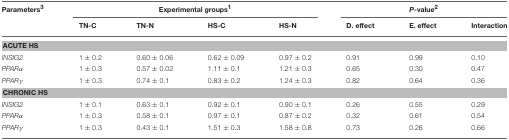
<table><thead><tr><td><b>Parameters<sup>3</sup></b></td><td colspan="4"><b>Experimental groups<sup>1</sup></b></td><td colspan="3"><b><i>P</i>-value<sup>2</sup></b></td></tr><tr><td></td><td><b>TN-C</b></td><td><b>TN-N</b></td><td><b>HS-C</b></td><td><b>HS-N</b></td><td><b>D. effect</b></td><td><b>E. effect</b></td><td><b>Interaction</b></td></tr></thead><tbody><tr><td colspan="8"><b>ACUTE HS</b></td></tr><tr><td><i>INSIG2</i></td><td>1 ± 0.2</td><td>0.60 ± 0.06</td><td>0.62 ± 0.09</td><td>0.97 ± 0.2</td><td>0.91</td><td>0.99</td><td>0.10</td></tr><tr><td><i>PPARα</i></td><td>1 ± 0.3</td><td>0.57 ± 0.02</td><td>1.11 ± 0.1</td><td>1.21 ± 0.3</td><td>0.65</td><td>0.30</td><td>0.47</td></tr><tr><td><i>PPARγ</i></td><td>1 ± 0.3</td><td>0.74 ± 0.1</td><td>0.83 ± 0.2</td><td>1.24 ± 0.3</td><td>0.82</td><td>0.64</td><td>0.36</td></tr><tr><td colspan="8"><b>CHRONIC HS</b></td></tr><tr><td><i>INSIG2</i></td><td>1 ± 0.1</td><td>0.63 ± 0.1</td><td>0.92 ± 0.1</td><td>0.90 ± 0.1</td><td>0.26</td><td>0.55</td><td>0.29</td></tr><tr><td><i>PPARα</i></td><td>1 ± 0.3</td><td>0.58 ± 0.1</td><td>0.97 ± 0.1</td><td>0.87 ± 0.2</td><td>0.32</td><td>0.61</td><td>0.54</td></tr><tr><td><i>PPARγ</i></td><td>1 ± 0.3</td><td>0.43 ± 0.1</td><td>1.51 ± 0.3</td><td>1.58 ± 0.8</td><td>0.73</td><td>0.26</td><td>0.66</td></tr></tbody></table>